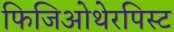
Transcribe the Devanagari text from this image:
फिजिओथेरपिस्ट